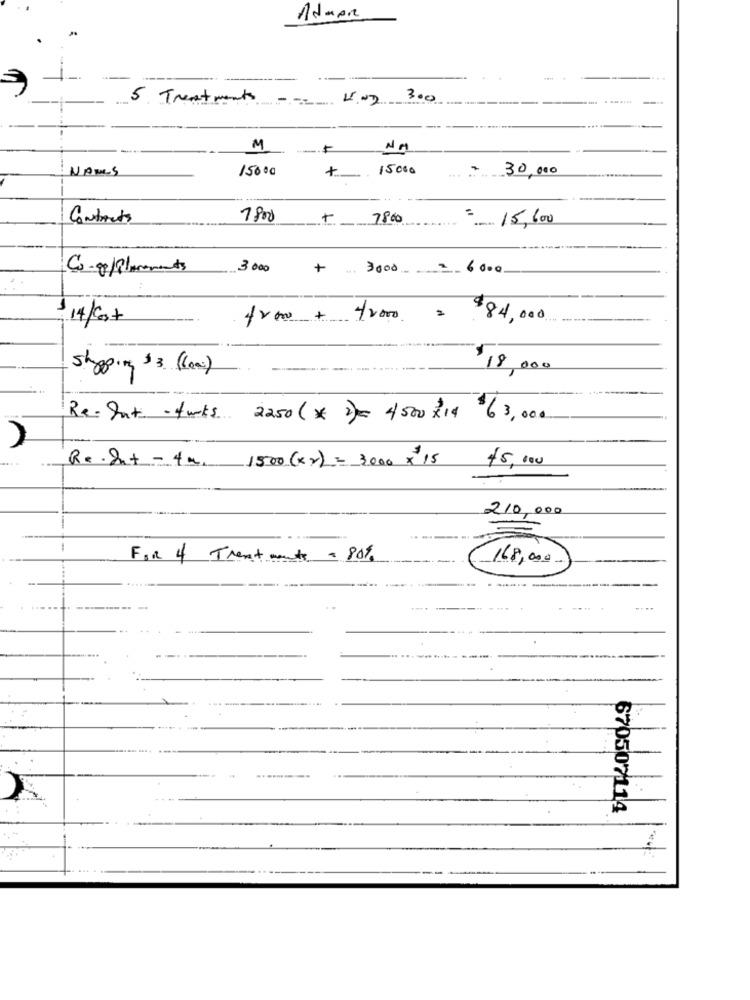
Admen
5. Treatments
=== 402 300
----
.-...
-
M
NOUS
15000
15000
30,000
+ _.
Contacts
7800
+ 7800
.. .... 15,600
3 000
+ 3000 = 6000
14/Cost
from + /2000 =
$84,000
shipping $3 (600)
18,000
Re- Int - fuks 2250 (* )= 4500 x14 63,000
$5,000
Re. Int - 4m. 1500 (xx) = 3000 x 15
210,000
=
Foi 4 Trent ments a 80%
18,00 -
-----
---
670507114